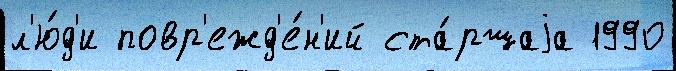
л'ю́д'и повр'ежд'е́н'ий ста́ршаjа 1990